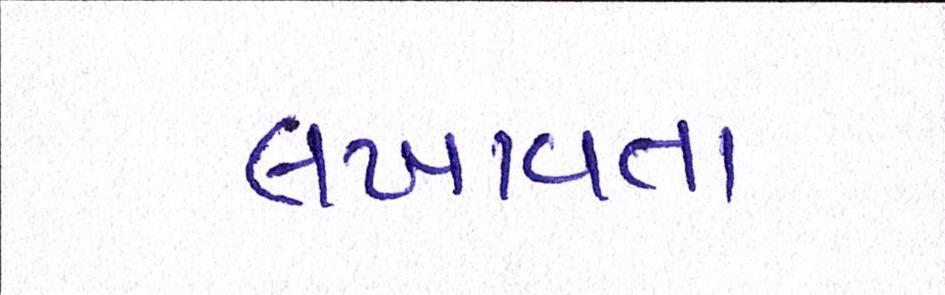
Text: લખાવતા